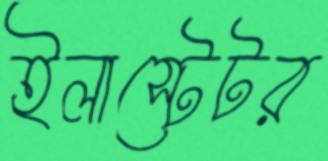
ইলাস্টেটর